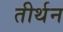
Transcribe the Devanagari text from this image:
तीर्थन